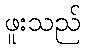
ဖူးသည်